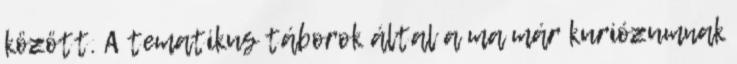
között. A tematikus táborok által a ma már kuriózumnak